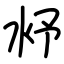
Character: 沀